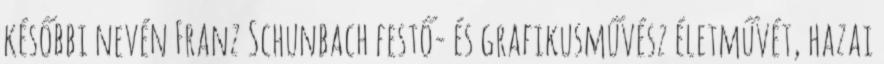
későbbi nevén Franz Schunbach festő- és grafikusművész életművét, hazai